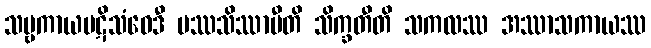
သဗ္ဗကာယပဋိသံဝေဒီ ပဿသိဿာမီတိ သိက္ခတီတိ သကလဿ အဿာသကာယဿ